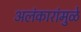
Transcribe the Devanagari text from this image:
अलंकारांमुळे